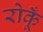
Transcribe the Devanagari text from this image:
रोकूँ